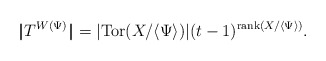
\begin{align*}|\!|T^{W(\Psi)}|\!|=|\mathrm{Tor}(X/\langle \Psi \rangle)| (t-1)^{\mathrm{rank}(X/\langle \Psi \rangle )}.\end{align*}